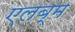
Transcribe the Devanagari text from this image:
एलब्म